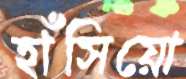
হাঁসিয়ো